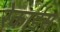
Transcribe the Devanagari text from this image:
रेकार्डस